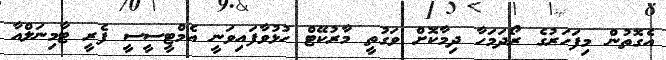
އެގޮތުން މިފަހަރުގެ ރޯދަމަހާ ދިމާކޮށް ވަގުތީ މާރުކޭޓް ހުޅުވާފައިވަނީ އެމްޓީސީސީ ފެރީ ޓާމިނަލްއާ